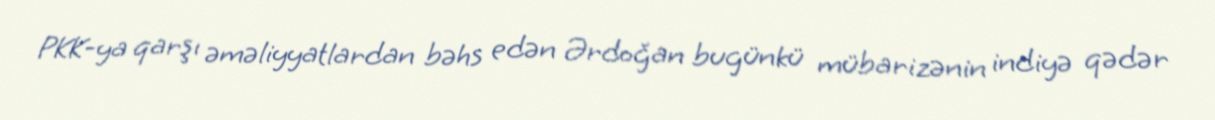
PKK-ya qarşı əməliyyatlardan bəhs edən Ərdoğan bugünkü mübarizənin indiyə qədər